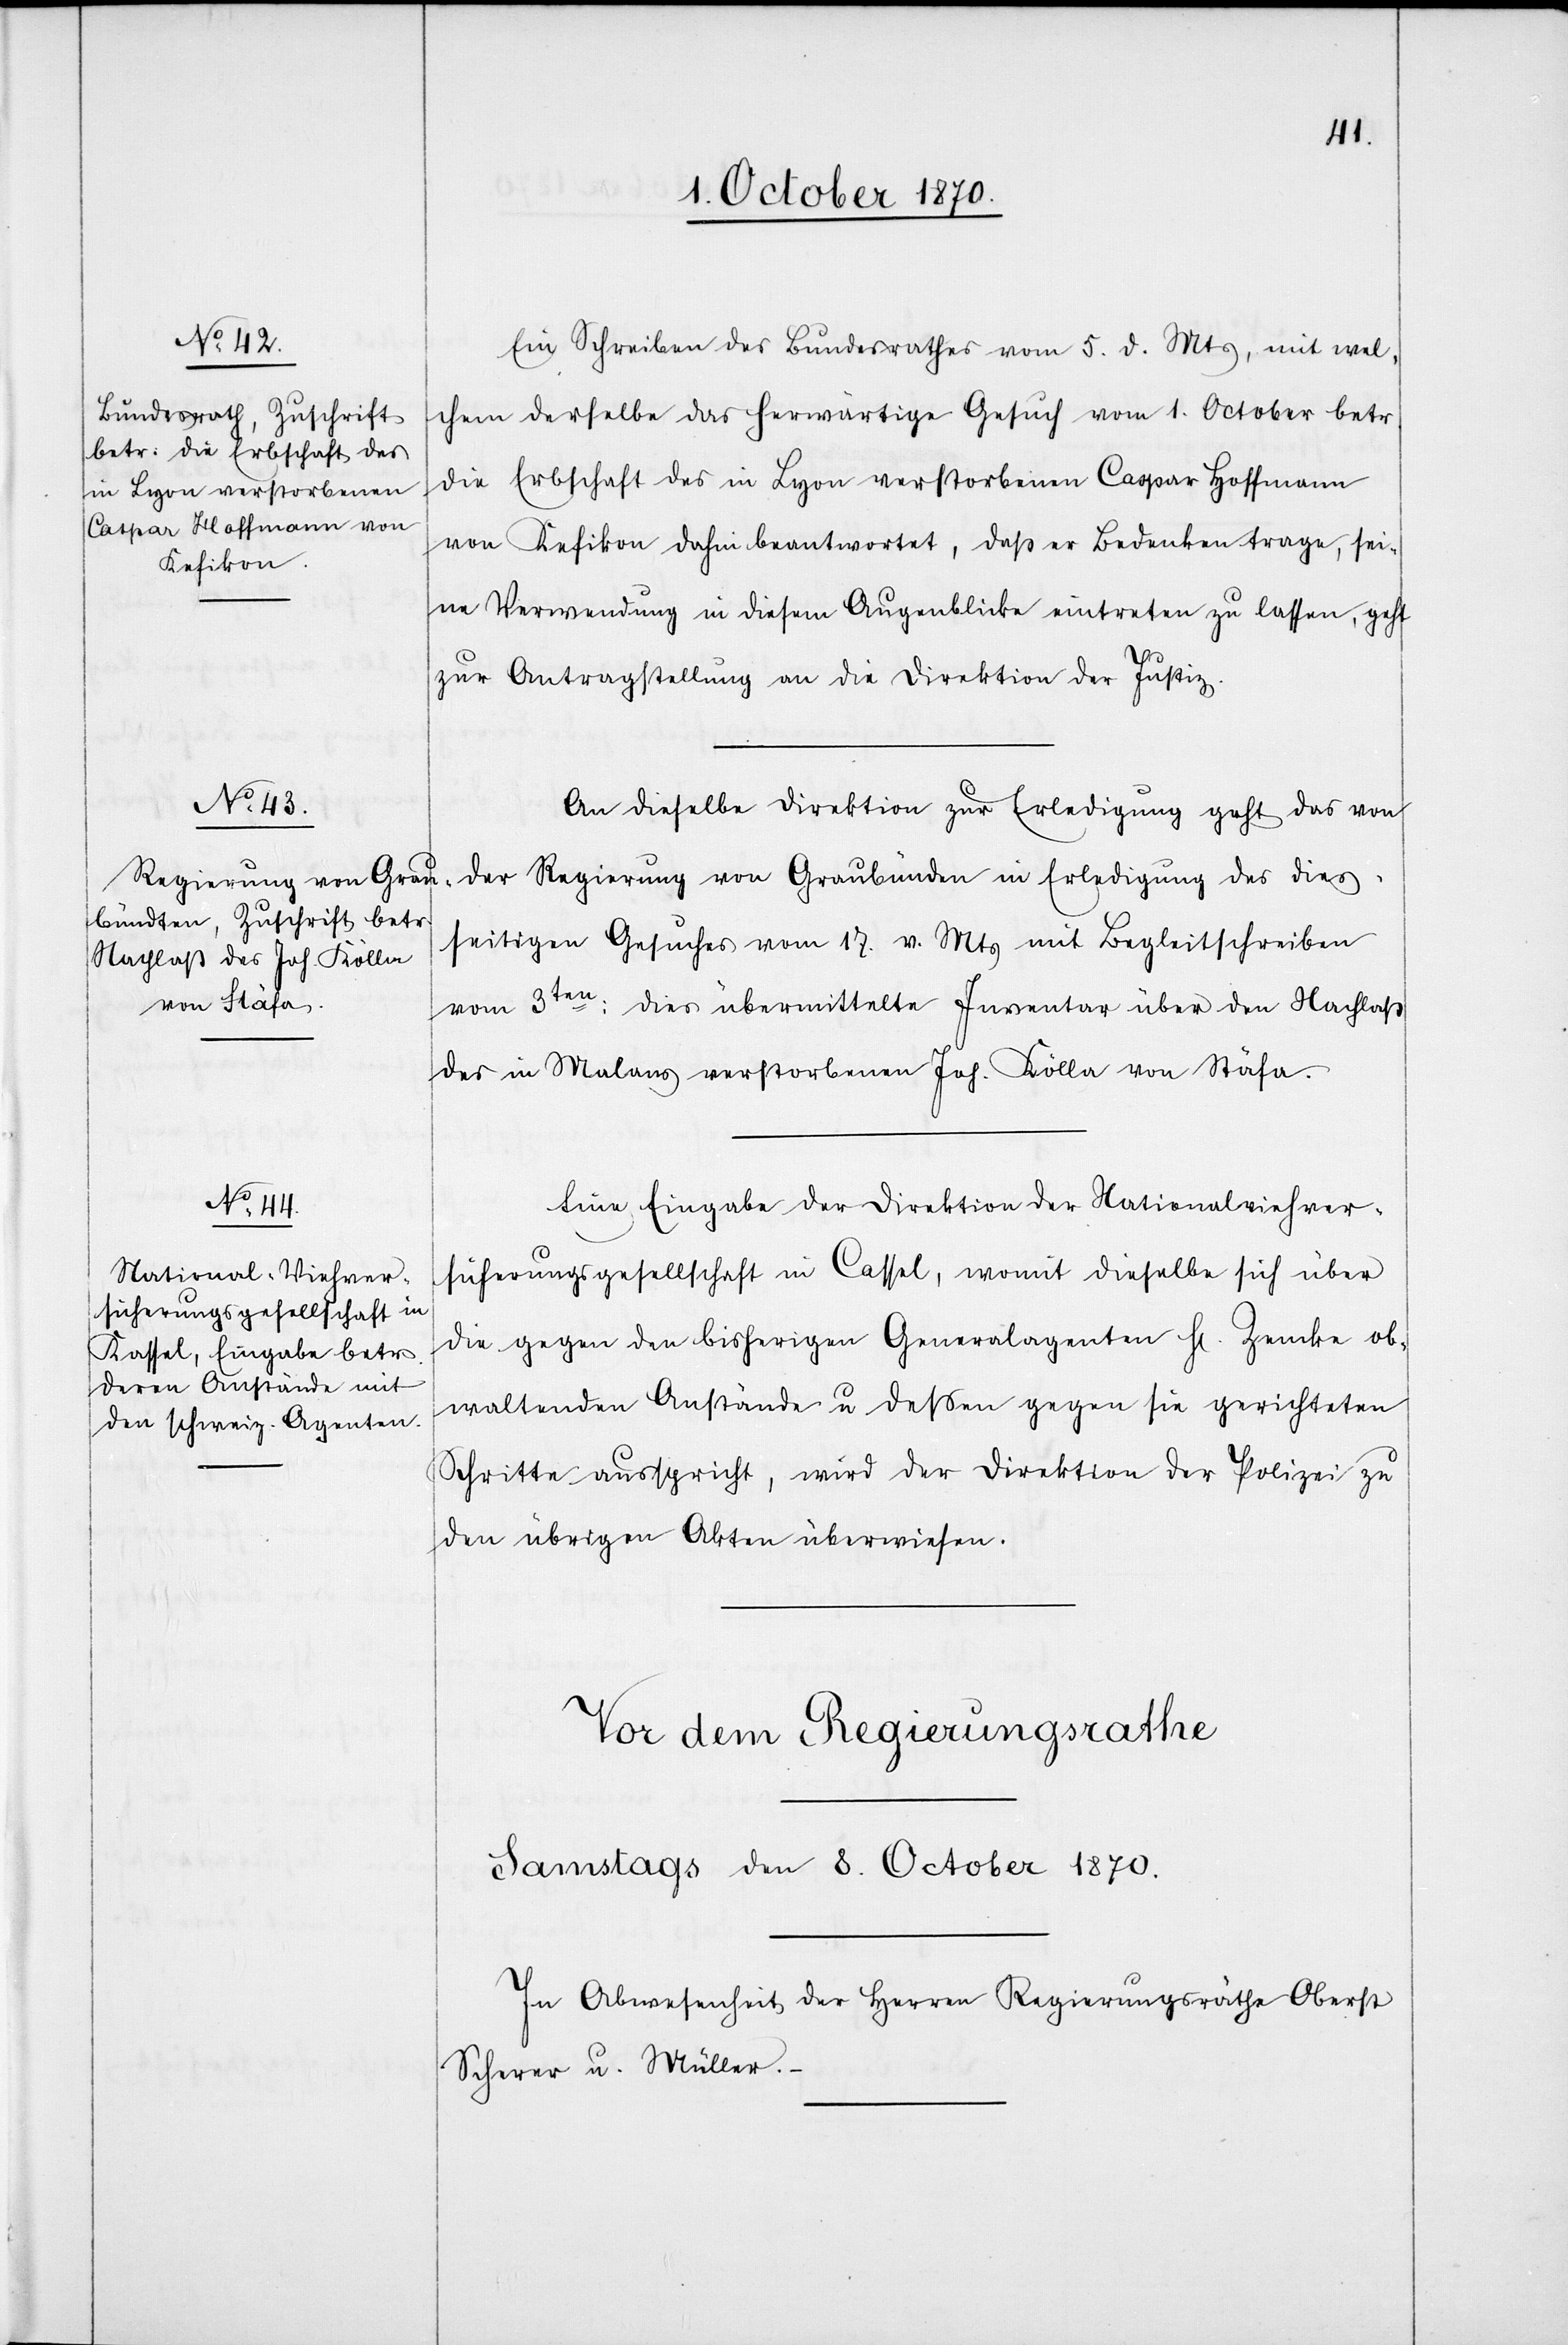
Ein Schreiben des Bundesrathes vom 5. d. Mts, mit wel¬
chem derselbe das herwärtige Gesuch vom 1. October betr.
die Erbschaft des in Lyon verstorbenen Caspar Hoffmann
von Kefikon dahin beantwortet, daß er Bedenken trage, sei¬
ne Verwendung in diesem Augenblicke eintreten zu lassen, geht
zur Antragstellung an die Direktion der Justiz.
An dieselbe Direktion zur Erledigung geht das von
der Regierung von Graubünden in Erledigung des dies¬
seitigen Gesuches vom 17. v. Mts mit Begleitschreiben
vom 3ten: dies übermittelte Inventar über den Nachlaß
des in Malans verstorbenen Joh. Kölln von Stäfa.
Eine Eingabe der Direktion der Nationalviehver¬
sicherungsgesellschaft in Cassel, womit dieselbe sich über
die gegen den bisherigen Generalagenten H. Zencke ob¬
waltenden Anstände u. dessen gegen sie gerichteten
Schritte ausspricht, wird der Direktion der Polizei zu
den übrigen Akten überwiesen.